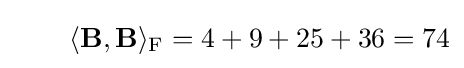
\qquad \langle \mathbf {B} ,\mathbf {B} \rangle _{\mathrm {F} }=4+9+25+36=74